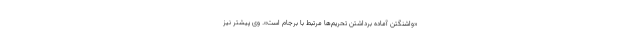
«واشنگتن آماده برداشتن تحریم‌ها مرتبط با برجام است». وی پیشتر نیز